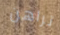
تراهن